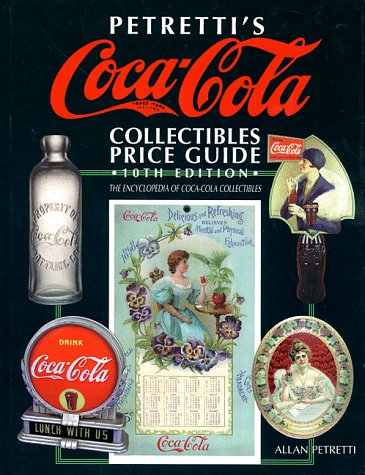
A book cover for Petretti's Coca-Cola Collectibles Price Guide (Petretti's Coca-Cola Collectibles Price Guide, 10th ed); Allan Petretti; Crafts, Hobbies & Home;